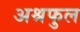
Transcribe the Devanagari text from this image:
अश्रफुल